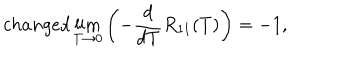
c h a n g e d \lim _ { T \to 0 } \left( - \frac { d } { d T } R _ { 1 1 } ( T ) \right) = - 1 ,